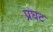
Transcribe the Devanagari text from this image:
प्रघट